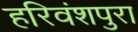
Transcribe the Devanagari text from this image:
हरिवंशपुरा